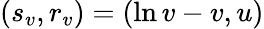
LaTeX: (s_{v},r_{v})=(\ln v-v,u)